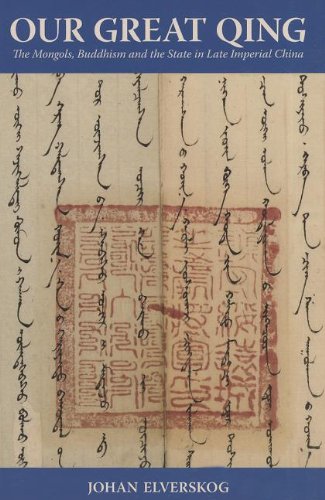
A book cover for Our Great Qing: The Mongols, Buddhism, and the State in Late Imperial China; Johan Elverskog; Religion & Spirituality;